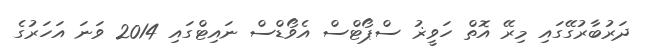
ދަރުބާރުގޭގައި މިރޭ އޮތް ހަވީޜު ސްޕޯޓްސް އެވޯޑްސް ނައިޓްގައި 2014 ވަނަ އަހަރުގެ